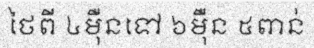
ថៃពី ៤ម៉ឺនទៅ ៦ម៉ឺន ៥ពាន់